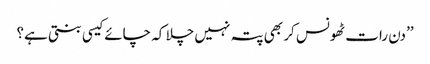
’’دن رات ٹھونس کر بھی پتہ نہیں چلا کہ چائے کیسی بنتی ہے؟